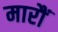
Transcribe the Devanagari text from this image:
मारौं